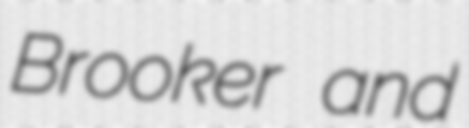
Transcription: Brooker and